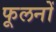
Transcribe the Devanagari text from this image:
फूलनों